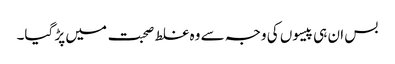
بس ان ہی پیسوں کی وجہ سے وہ غلط صحبت میں پڑ گیا۔